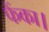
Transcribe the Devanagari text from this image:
फैंका।